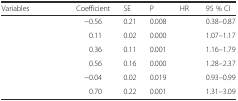
<table><thead><tr><td><b>Variables</b></td><td><b>Coefficient</b></td><td><b>SE</b></td><td><b>P</b></td><td><b>HR</b></td><td><b>95 % CI</b></td></tr></thead><tbody><tr><td>[EMPTY_CELL]</td><td>−0.56</td><td>0.21</td><td>0.008</td><td>[EMPTY_CELL]</td><td>0.38–0.87</td></tr><tr><td>[EMPTY_CELL]</td><td>0.11</td><td>0.02</td><td>0.000</td><td>[EMPTY_CELL]</td><td>1.07–1.17</td></tr><tr><td>[EMPTY_CELL]</td><td>0.36</td><td>0.11</td><td>0.001</td><td>[EMPTY_CELL]</td><td>1.16–1.79</td></tr><tr><td>[EMPTY_CELL]</td><td>0.56</td><td>0.16</td><td>0.000</td><td>[EMPTY_CELL]</td><td>1.28–2.37</td></tr><tr><td>[EMPTY_CELL]</td><td>−0.04</td><td>0.02</td><td>0.019</td><td>[EMPTY_CELL]</td><td>0.93–0.99</td></tr><tr><td>[EMPTY_CELL]</td><td>0.70</td><td>0.22</td><td>0.001</td><td>[EMPTY_CELL]</td><td>1.31–3.09</td></tr></tbody></table>